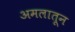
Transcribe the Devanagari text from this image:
अमलातून